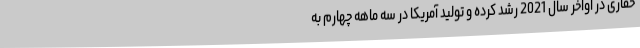
حفاری در اواخر سال 2021 رشد کرده و تولید آمریکا در سه ماهه چهارم به